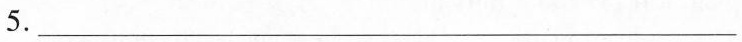
5.___